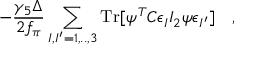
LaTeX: - \frac { \gamma _ { 5 } \Delta } { 2 f _ { \pi } } \sum _ { I , I ^ { \prime } = 1 , . . , 3 } \mathrm { T r } [ \psi ^ { T } C \epsilon _ { I } I _ { 2 } \psi \epsilon _ { I ^ { \prime } } ] \quad ,